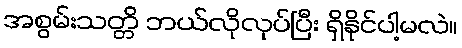
အစွမ်းသတ္တိ ဘယ်လိုလုပ်ပြီး ရှိနိုင်ပါ့မလဲ။